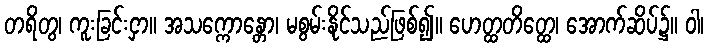
တရိတွ၊ ကူးခြင်းငှာ။ အသက္ကောန္တော၊ မစွမ်းနိုင်သည်ဖြစ်၍။ ဟေတ္ထတိတ္ထေ၊ အောက်ဆိပ်၌။ ဝါ၊